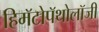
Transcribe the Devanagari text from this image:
हिमॅटोपॅथोलॉजी